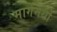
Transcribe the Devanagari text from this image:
मार्गेनथो